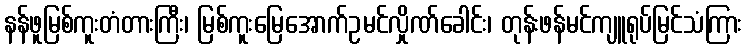
နန်ဖူမြစ်ကူးတံတားကြီး၊ မြစ်ကူးမြေအောက်ဥမင်လှိုဏ်ခေါင်း၊ တုန်းဖန်မင်ကျူရုပ်မြင်သံကြား